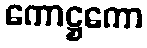
ကောဋ္ဌကော